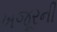
ખજૂરની